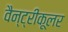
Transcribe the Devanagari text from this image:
वैन्ट्रीकूलर